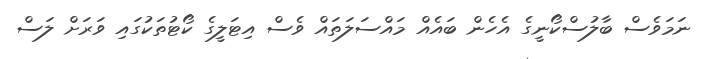
ނަމަވެސް ބާލުސްކޯނީގެ އެހެން ބައެއް މައްސަލަތައް ވެސް އިޓަލީގެ ކޯޓުތަކުގައި ވަރަށް ލަސް